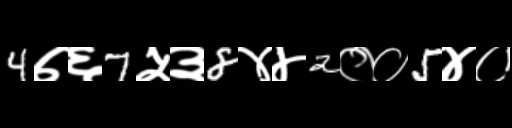
Text: 4७६7५३8४४2००5४०